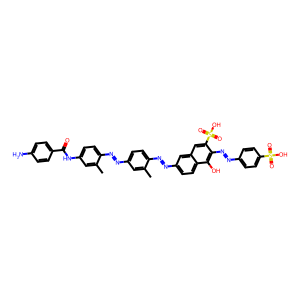
SMILES: Cc1cc(N=Nc2ccc(NC(=O)c3ccc(N)cc3)cc2C)ccc1N=Nc1ccc2c(O)c(N=Nc3ccc(S(=O)(=O)O)cc3)c(S(=O)(=O)O)cc2c1
Inhibits HIV replication: Yes